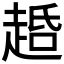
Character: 𬦐